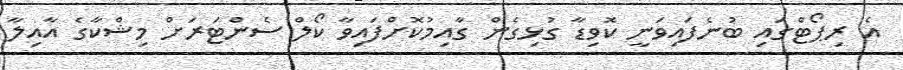
އެ ރިޕޯޓްގައި ބުނެފައިވަނީ ކޮވިޑާ ގުޅިގެން ގާއިމުކޮށްފައިވާ ކޯލް ސެންޓަރަށް މިޝްކާގެ އާއިލާ